Civil Veterinary Department Bihar reports 1940-50 - 1940-1950
Year: 1940
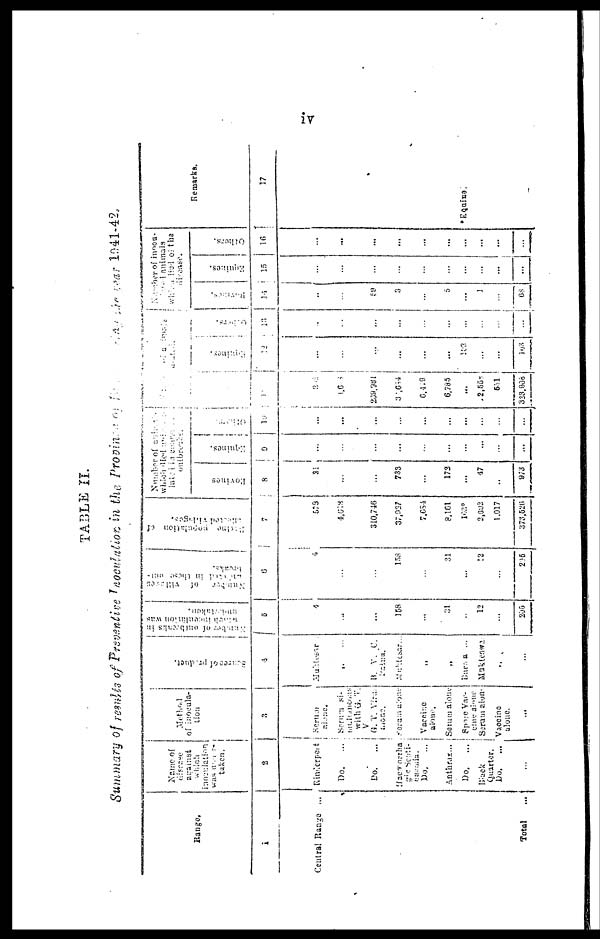
iv
TABLE II.
Summary of resides of Preventive Inoculation in the Province of Bihar During the year 1041-42,
Range,
1
Central Range ...
Total ...
Name of
disease
against
which
was under-
taken.
2
Rinderpest
Do.
Do.
Haeiorrha
gie Septi-
caemia.
Do.
...
Anthrax...
Do.
...
Black
Quarter.
Do.
...
...
Method
of inoculation
3
Serum
alone
Serum si-
multaneous
with (G.T.
V.
G. T. Virus
alone.
Soram alone
Vaccine
alone.
Serum alone
Spare Vac-
cine alone
Serum alone
Vaccine
alone.
...
Source of Product
4
...
...
B. v. c.
Patna
Muktsar
„
„
Bura a ...
Mukteswa.
„
...
Number of outbreaks in
which inoculation was
5
4
...
...
158
...
31
...
12
...
205
Number
of
villages
overhead in these out-
breaks.
6
4
...
...
1.53
...
31
...
12
...
206
Barlne
population
of
infected
villeges.
7
573
4,618
310,746
37,937
7,854
8,161
1037
2,692
1.017
373,526
Number ofoutbreaks
which died under re-
lated animals
outbreaks.
Bovines
8
21
...
...
733
...
173
...
47
...
973
Equines.
9
...
...
...
...
...
...
...
...
...
...
Others.
10
...
...
...
...
...
...
...
...
...
...
Number of animals
Died.
11
...
1,608
269,981
3,654
6,419
6,785
...
.2,557
551
333,906
Equines
12
...
...
...
...
...
...
103
...
...
...
Others
13
...
...
...
...
...
...
...
...
...
...
Number of inocu-
ted
animals
which died of the
disease.
Remarks
14
...
...
59
3
...
5
...
1
...
68
Equines
15
...
...
...
...
...
...
...
...
...
...
Others.
16
...
...
...
...
...
...
...
...
...
...
Remarks.
17
Eqaine